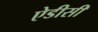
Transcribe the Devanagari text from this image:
ऐडीसी